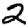
Digit: 2